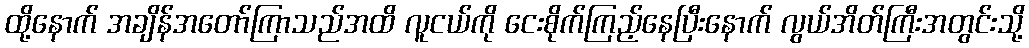
ထို့နောက် အချိန်အတော်ကြာသည်အထိ လူငယ်ကို ငေးစိုက်ကြည့်နေပြီးနောက် လွယ်အိတ်ကြီးအတွင်းသို့